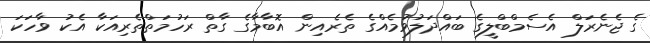
ގެ ޖެނެރަލް އެސެމްބްލީގެ ބައްދަލުވުމެއްގެ ތެރެއިން އޮބާމާގެ ގާތް ރަހުމަތްތެރިއަކާ އެކު ވާހަކަ